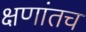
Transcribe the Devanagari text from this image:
क्षणांतच